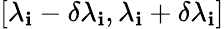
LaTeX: [\lambda_{\mathbf{i}}-\delta\lambda_{\mathbf{i}},\lambda_{\mathbf{i}}+\delta\lambda_{\mathbf{i}}]